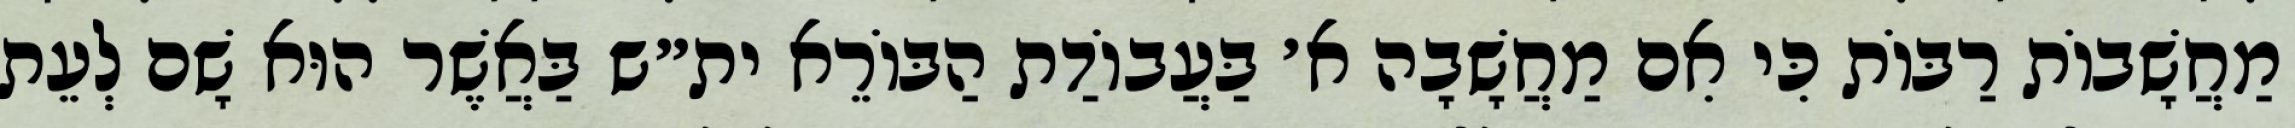
מַחֲשָׁבוֹת רַבּוֹת כִּי אִם מַחֲשָׁבָה א׳ בַּעֲבוֹדַת הַבּוֹרֵא ית״ש בַּאֲשֶׁר הוּא שָׁם לְעֵת